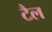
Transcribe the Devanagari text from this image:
टैल